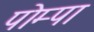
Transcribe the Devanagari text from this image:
पोम्पा